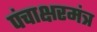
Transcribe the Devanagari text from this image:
पंचाक्षरमंत्र